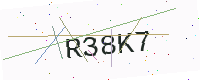
Text: R38K7